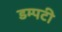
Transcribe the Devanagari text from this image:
डम्पटी